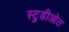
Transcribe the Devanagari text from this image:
स्टुडीओत